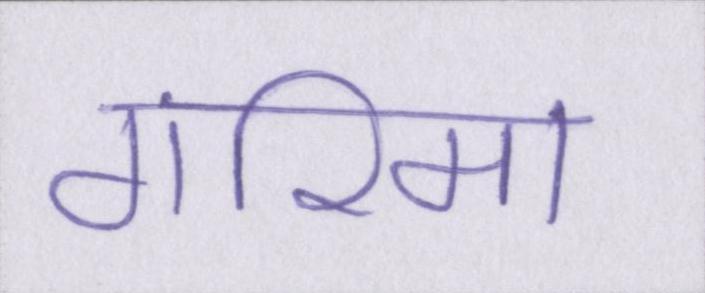
गरिमा